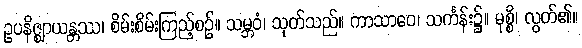
ဥပနိဇ္ဈာယန္တဿ၊ စိမ်းစိမ်းကြည့်စဉ်။ သမ္ဘဝံ၊ သုတ်သည်။ ကာသာဝေ၊ သင်္ကန်း၌။ မုစ္စိ၊ လွတ်၏။